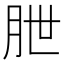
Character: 朑